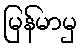
မြန်မာမှ